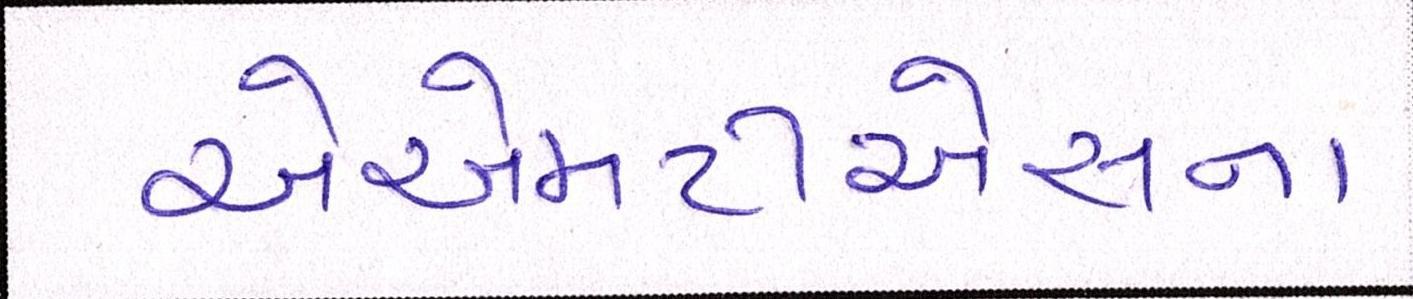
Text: એએમટીએસના